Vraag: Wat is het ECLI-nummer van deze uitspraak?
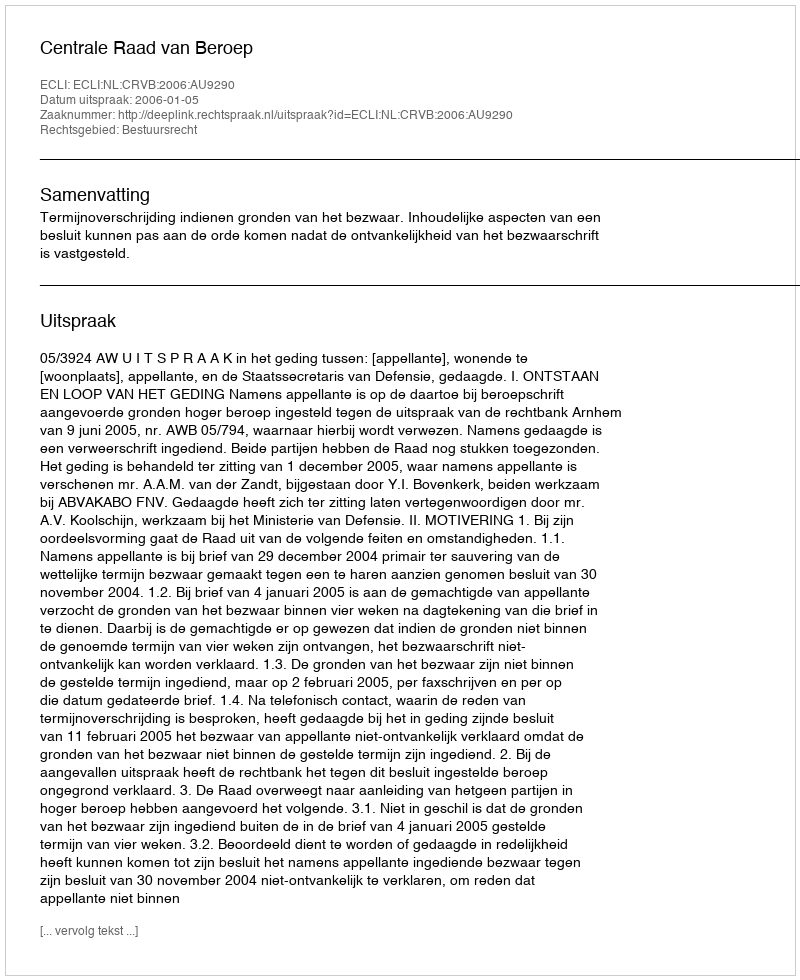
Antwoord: ECLI:NL:CRVB:2006:AU9290